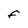
Character: F